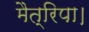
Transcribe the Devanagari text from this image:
मैत्रिपा।